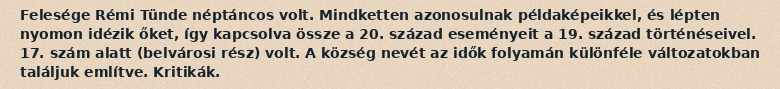
Felesége Rémi Tünde néptáncos volt. Mindketten azonosulnak példaképeikkel, és lépten nyomon idézik őket, így kapcsolva össze a 20. század eseményeit a 19. század történéseivel. 17. szám alatt (belvárosi rész) volt. A község nevét az idők folyamán különféle változatokban találjuk említve. Kritikák.